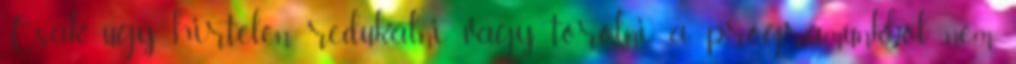
Csak úgy hirtelen redukálni, vagy törölni a programunkból nem